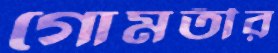
গোমতীর